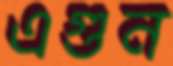
এগুন